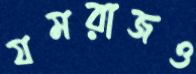
যমরাজও